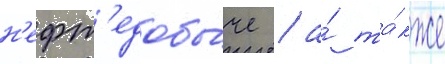
н'ефт'едобы́че / а́ та́кже